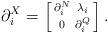
LaTeX: \begin{align*}\partial^X_i=\left[\begin{smallmatrix}\partial^N_i & \lambda_i \\0 & \partial^Q_i\end{smallmatrix}\right].\end{align*}